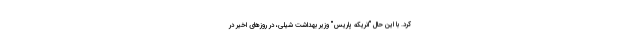
کرد. با این حال "انریکه پاریس" وزیر بهداشت شیلی، در روزهای اخیر در